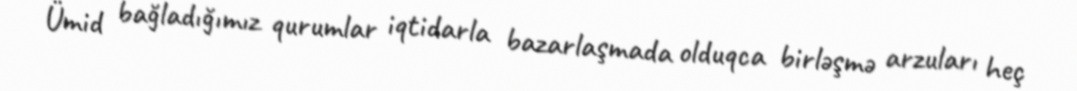
Ümid bağladığımız qurumlar iqtidarla bazarlaşmada olduqca birləşmə arzuları heç